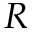
R